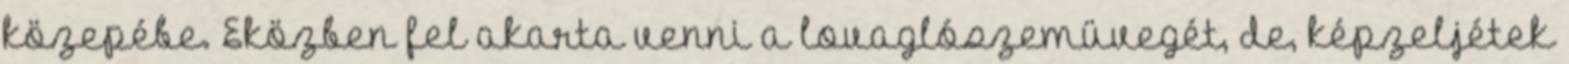
közepébe. Eközben fel akarta venni a lovaglószemüvegét, de, képzeljétek